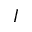
I